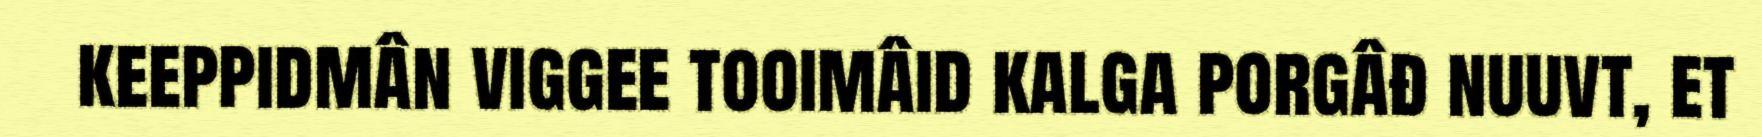
keeppidmân viggee tooimâid kalga porgâđ nuuvt, et